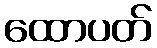
ထောပတ်